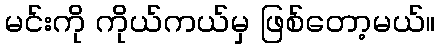
မင်းကို ကိုယ်ကယ်မှ ဖြစ်တော့မယ်။